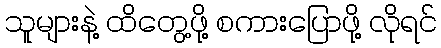
သူများနဲ့ ထိတွေ့ဖို့ စကားပြောဖို့ လိုရင်